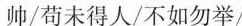
帅/苟未得人/不如勿举/